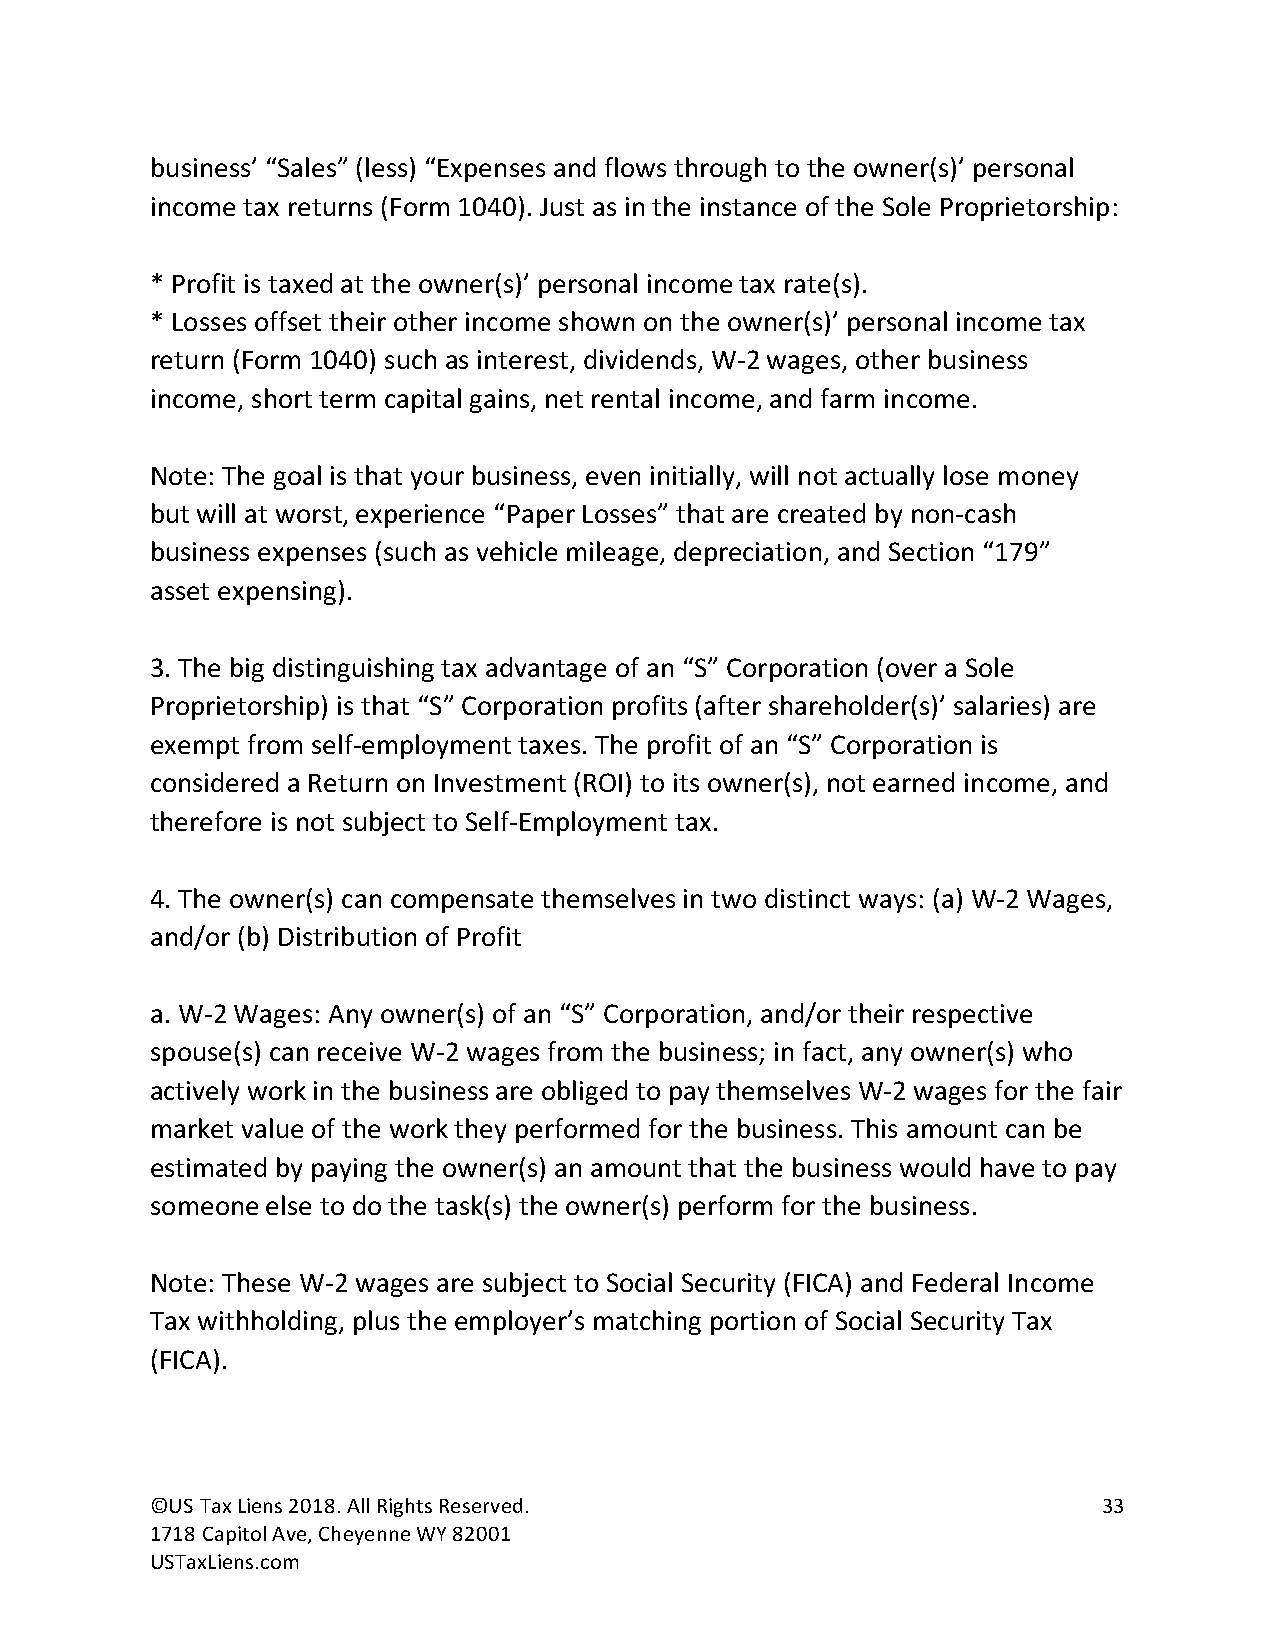
business’ “Sales” (less) “Expenses and flows through to the owner(s)’ personal
 income tax returns (Form 1040). Just as in the instance of the Sole Proprietorship:
 * Profit is taxed at the owner(s)’ personal income tax rate(s).
 * Losses offset their other income shown on the owner(s)’ personal income tax
 return (Form 1040) such as interest, dividends, W-2 wages, other business
 income, short term capital gains, net rental income, and farm income.
 Note: The goal is that your business, even initially, will not actually lose money
 but will at worst, experience “Paper Losses” that are created by non-cash
 business expenses (such as vehicle mileage, depreciation, and Section “179”
 asset expensing).
 3. The big distinguishing tax advantage of an “S” Corporation (over a Sole
 Proprietorship) is that “S” Corporation profits (after shareholder(s)’ salaries) are
 exempt from self-employment taxes. The profit of an “S” Corporation is
 considered a Return on Investment (ROI) to its owner(s), not earned income, and
 therefore is not subject to Self-Employment tax.
 4. The owner(s) can compensate themselves in two distinct ways: (a) W-2 Wages,
 and/or (b) Distribution of Profit
 a. W-2 Wages: Any owner(s) of an “S” Corporation, and/or their respective
 spouse(s) can receive W-2 wages from the business; in fact, any owner(s) who
 actively work in the business are obliged to pay themselves W-2 wages for the fair
 market value of the work they performed for the business. This amount can be
 estimated by paying the owner(s) an amount that the business would have to pay
 someone else to do the task(s) the owner(s) perform for the business.
 Note: These W-2 wages are subject to Social Security (FICA) and Federal Income
 Tax withholding, plus the employer’s matching portion of Social Security Tax
 (FICA).
 ©US Tax Liens 2018. All Rights Reserved.                       33
 1718 Capitol Ave, Cheyenne WY 82001
 USTaxLiens.com